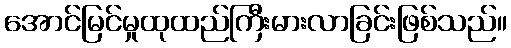
အောင်မြင်မှုထုထည်ကြီးမားလာခြင်းဖြစ်သည်။